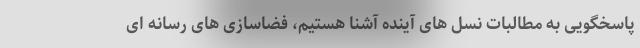
پاسخگویی به مطالبات نسل های آینده آشنا هستیم، فضاسازی های رسانه ای